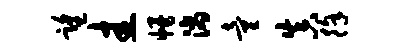
望圭幔滴童真徐